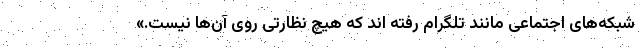
شبکه‌های اجتماعی مانند تلگرام رفته اند که هیچ نظارتی روی آن‌ها نیست.»